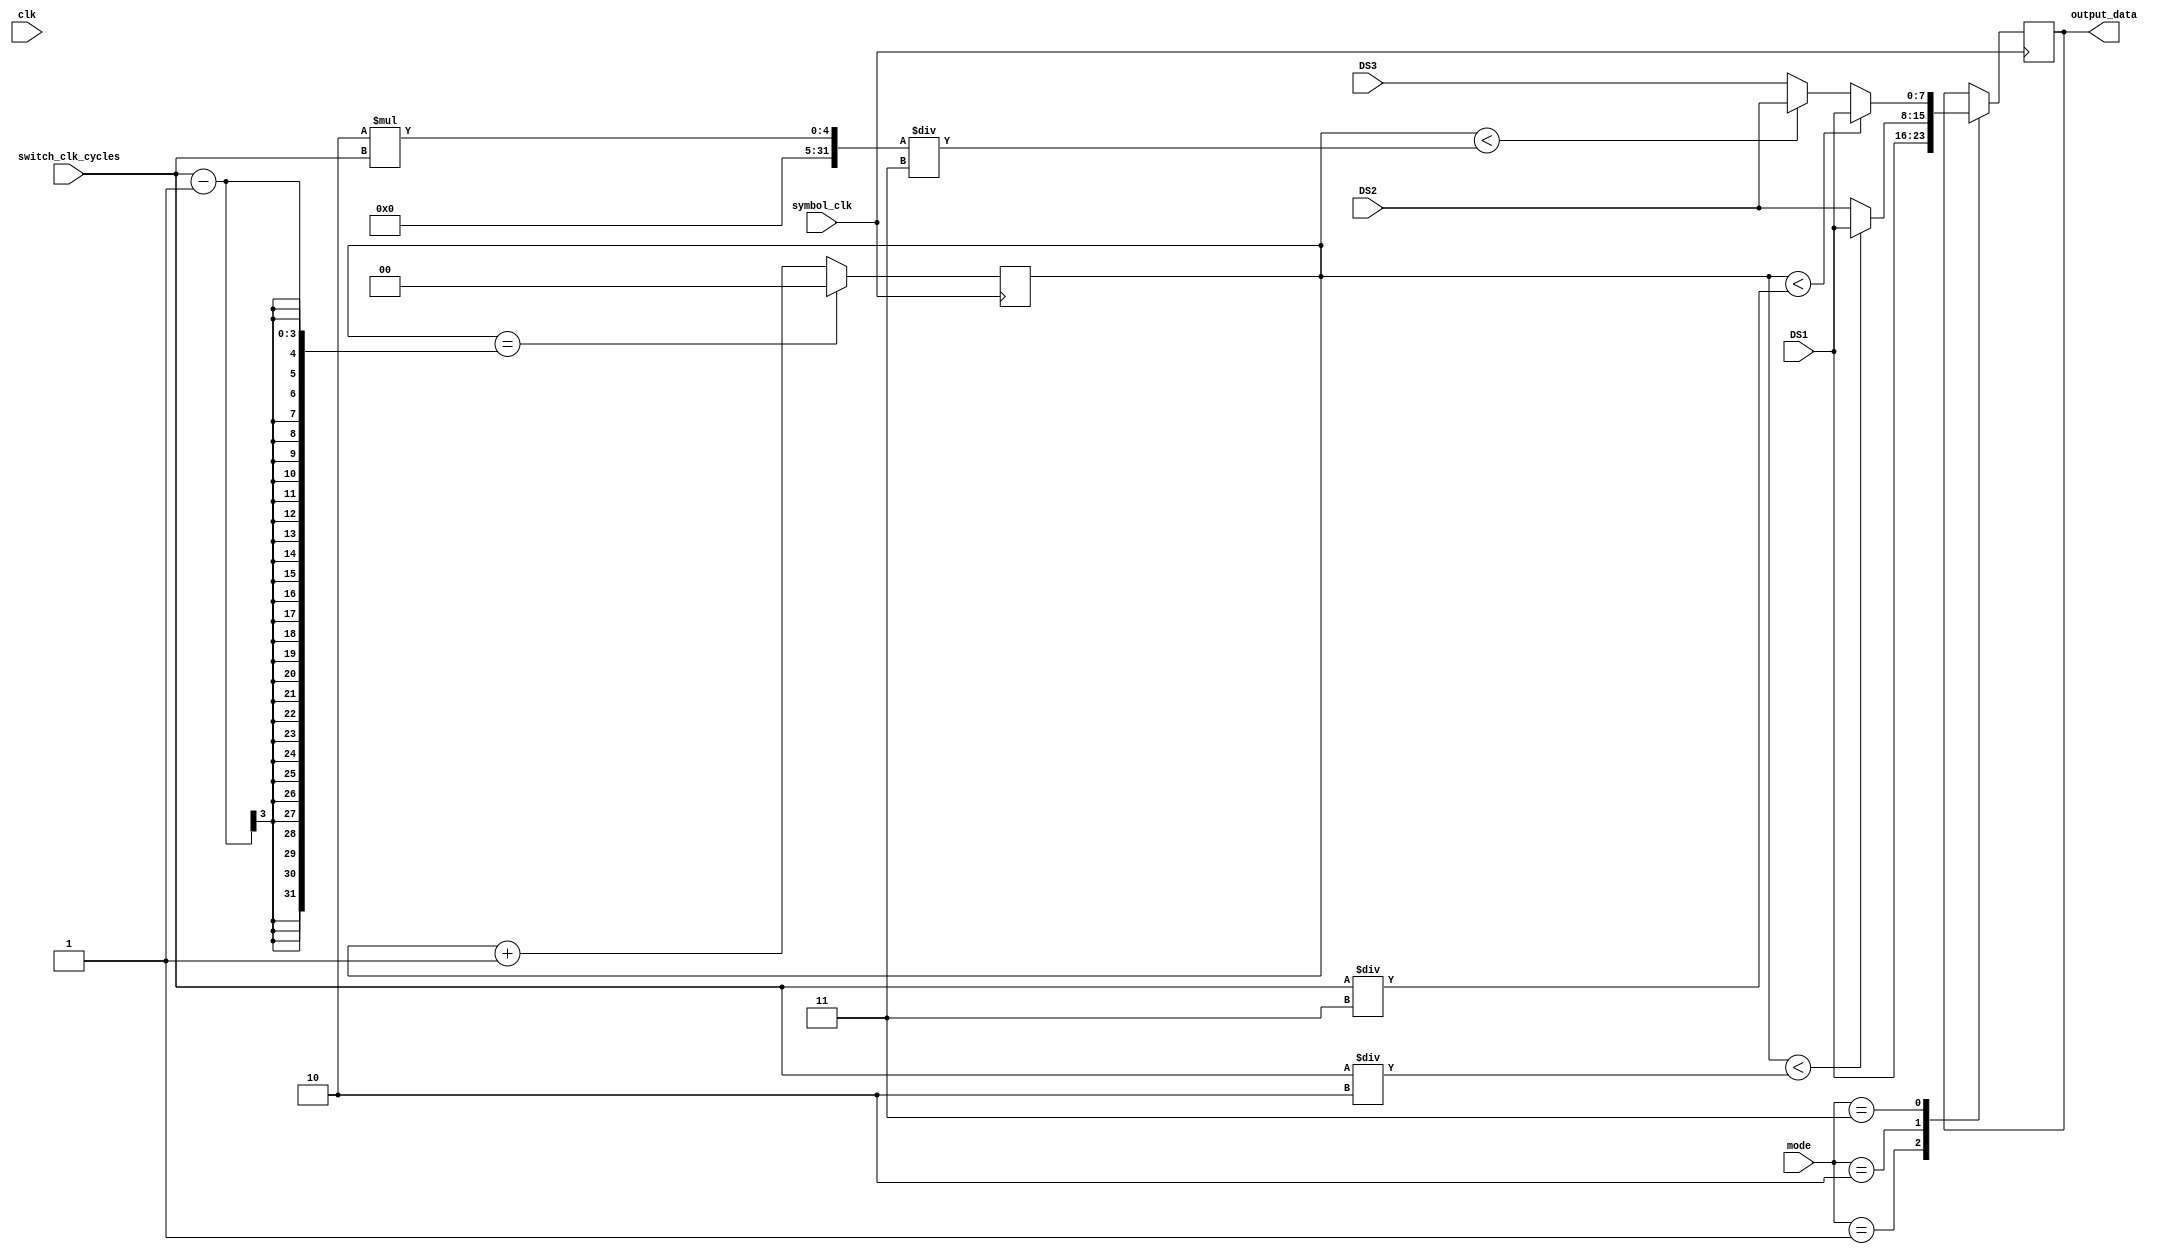
module data_mux_module (
    input wire clk,                 // Internal clock signal (100MHz)
    input wire symbol_clk,          // External symbol clock
    input wire  [2:0] switch_clk_cycles,//  Number of clk cycles to switch data streams
    input wire [7:0] DS1,           // Data stream 1
    input wire [7:0] DS2,           // Data stream 2
    input wire [7:0] DS3,           // Data stream 3
    input wire [1:0] mode,          // Mode of operation (2 bits for 3 modes)
    output reg [7:0] output_data    // Output data stream
);

reg [1:0] counter = 2'b00;          // Counter to keep track of switching cycles
always @(posedge symbol_clk ) begin 
    if (counter ==  switch_clk_cycles-1) // When counter reaches switch_clk_cycles
        counter <= 0;
    else
        counter <= counter + 1'b1;
end
always @(posedge symbol_clk  ) begin
    case (mode)
        2'b01: output_data <= DS1;   // Mode 1: Only DS1
        2'b10: output_data <= (counter <switch_clk_cycles/2)? DS1:DS2; // Mode 2: DS1 and DS2
        2'b11: output_data <= (counter < switch_clk_cycles/3) ? DS1 :((counter < 2*switch_clk_cycles/3) ? DS2 : DS3); // Mode 3: DS1, DS2, DS3
        
    endcase
end

endmodule